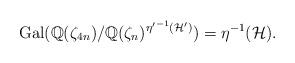
LaTeX: \begin{align*}\mathrm{Gal}(\mathbb{Q}(\zeta_{4n})/\mathbb{Q}(\zeta_n)^{{\eta'}^{-1}(\mathcal{H}')})=\eta^{-1}(\mathcal{H}).\end{align*}